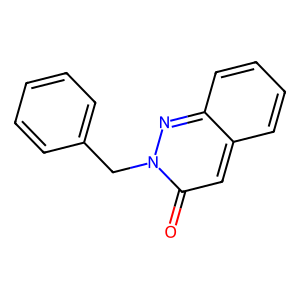
SMILES: O=c1cc2ccccc2nn1Cc1ccccc1
Inhibits HIV replication: No